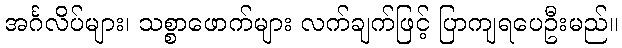
အင်္ဂလိပ်များ၊ သစ္စာဖောက်များ လက်ချက်ဖြင့် ပြာကျရပေဦးမည်။